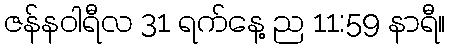
ဇန်နဝါရီလ 31 ရက်နေ့ ည 11:59 နာရီ။